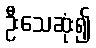
ဦးသေဆုံး၍